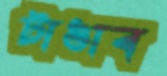
টাঙাব